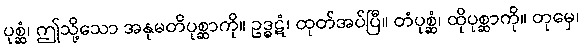
ပုစ္ဆံ၊ ဤသို့သော အနုမတိပုစ္ဆာကို။ ဥဒ္ဓဋံ၊ ထုတ်အပ်ပြီ။ တံပုစ္ဆံ၊ ထိုပုစ္ဆာကို။ တုမှေ၊